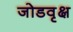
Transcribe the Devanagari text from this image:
जोडवृक्ष